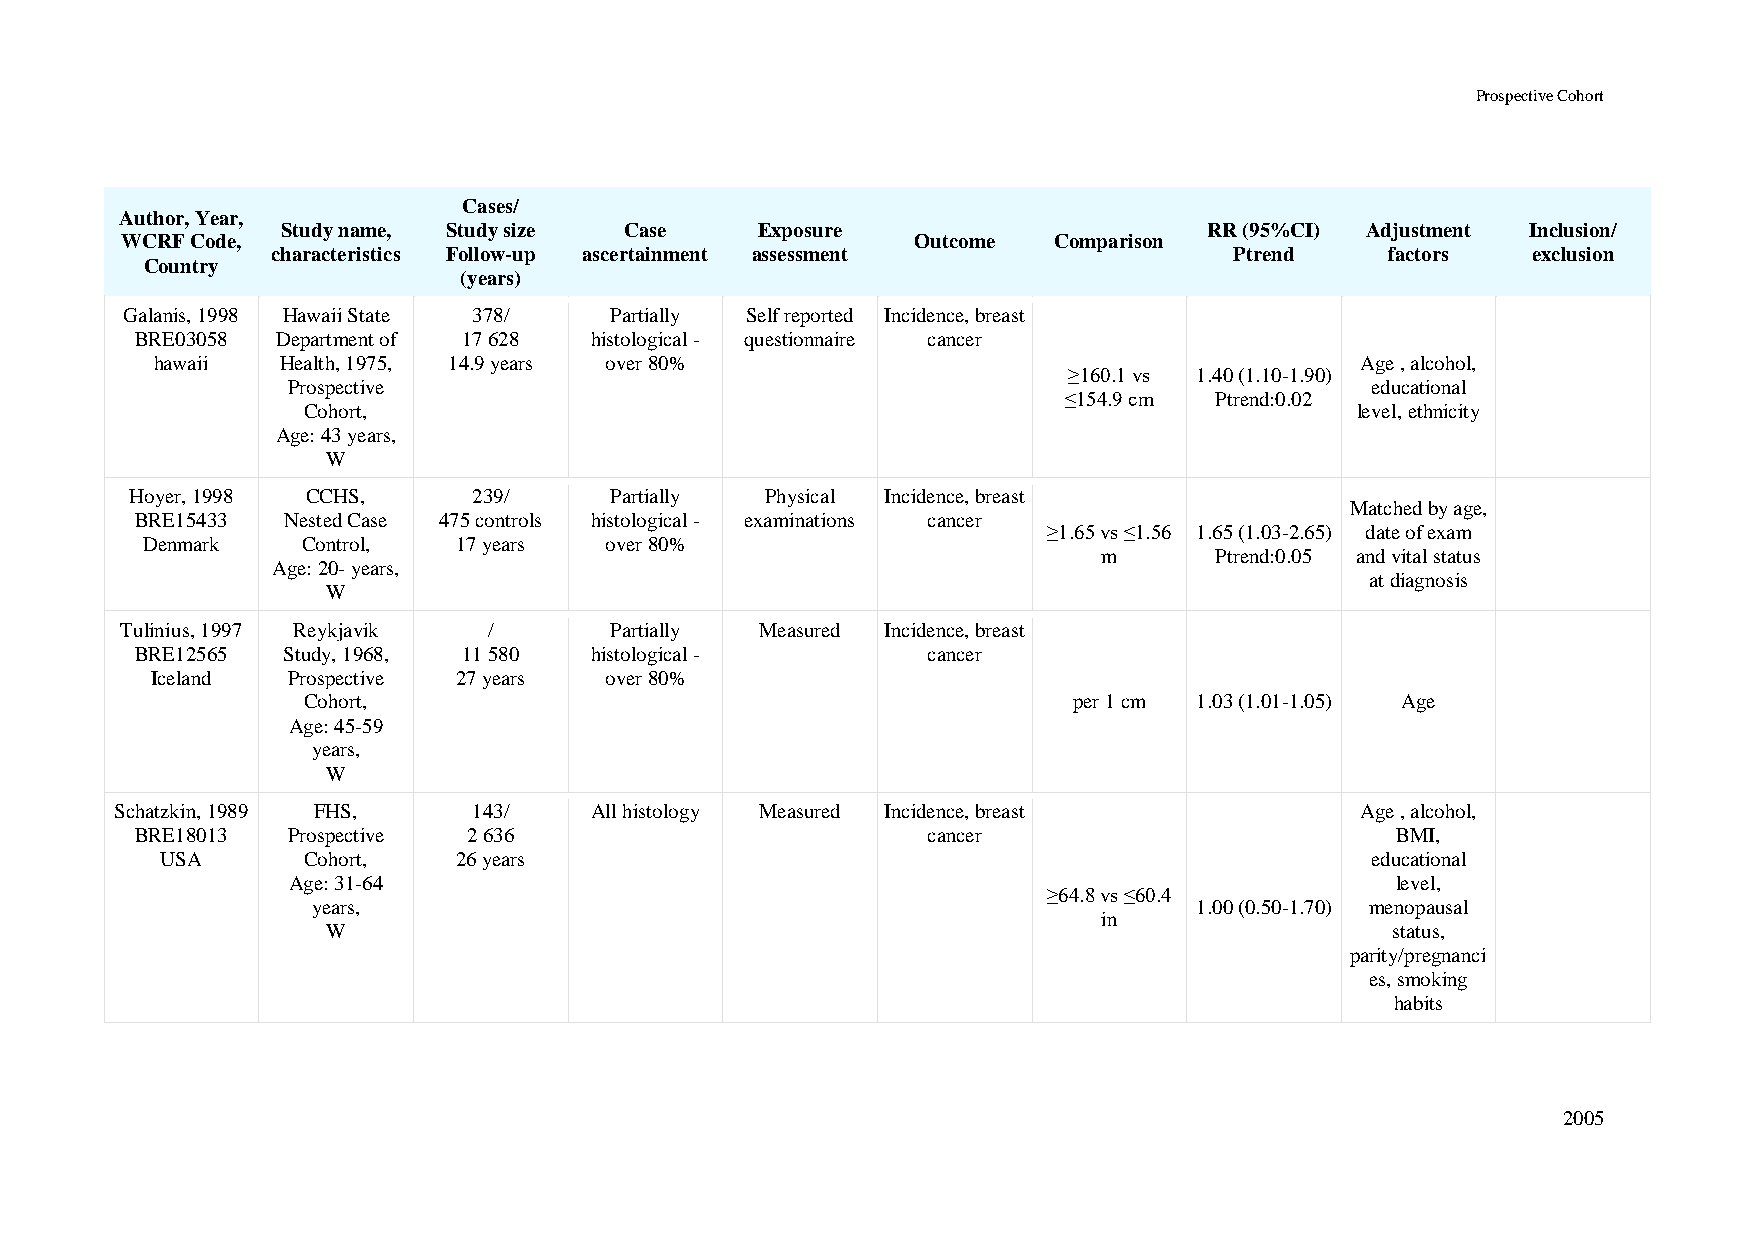
Prospective Cohort
 Cases/
 Author, Year,
 Study name, Study size Case    Exposure                      RR (95%CI) Adjustment Inclusion/
 WCRF Code,                                           Outcome  Comparison
 characteristics Follow-up ascertainment assessment              Ptrend    factors  exclusion
 Country
 (years)
 Galanis, 1998 Hawaii State 378/ Partially Self reported Incidence, breast
 BRE03058 Department of 17 628 histological - questionnaire cancer
 hawaii   Health, 1975, 14.9 years over 80%                                      Age , alcohol,
 ≥160.1 vs 1.40 (1.10-1.90)
 Prospective                                                             educational
 ≤154.9 cm Ptrend:0.02
 Cohort,                                                               level, ethnicity
 Age: 43 years,
 W
 Hoyer, 1998 CCHS,     239/     Partially  Physical Incidence, breast
 Matched by age,
 BRE15433  Nested Case 475 controls histological - examinations cancer
 ≥1.65 vs ≤1.56 1.65 (1.03-2.65) date of exam
 Denmark    Control,  17 years  over 80%
 m      Ptrend:0.05 and vital status
 Age: 20- years,
 at diagnosis
 W
 Tulinius, 1997 Reykjavik /      Partially Measured Incidence, breast
 BRE12565  Study, 1968, 11 580 histological -        cancer
 Iceland  Prospective 27 years over 80%
 Cohort,                                            per 1 cm 1.03 (1.01-1.05) Age
 Age: 45-59
 years,
 W
 Schatzkin, 1989 FHS,   143/    All histology Measured Incidence, breast           Age , alcohol,
 BRE18013  Prospective 2 636                         cancer                         BMI,
 USA      Cohort,   26 years                                                     educational
 Age: 31-64                                                               level,
 ≥64.8 vs ≤60.4
 years,                                                    1.00 (0.50-1.70) menopausal
 in
 W                                                                     status,
 parity/pregnanci
 es, smoking
 habits
 2005